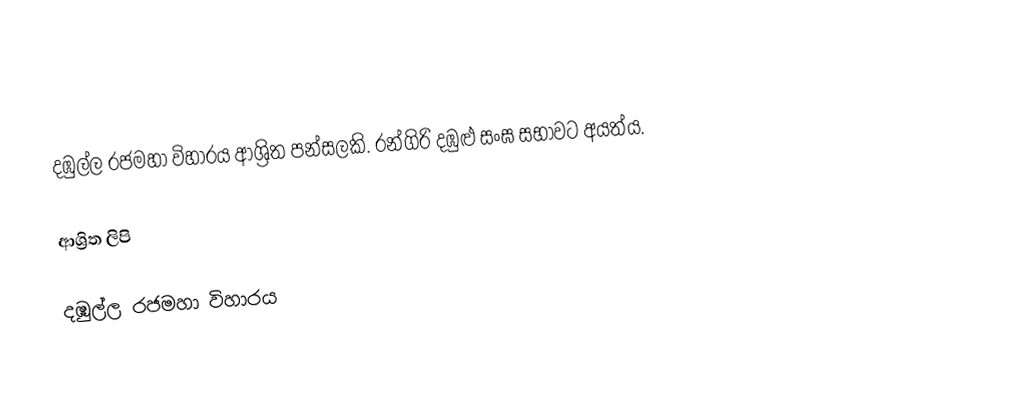
දඹුල්ල රජමහා විහාරය ආශ්‍රිත පන්සලකි.  රන්ගිරි දඹුළු සංඝ සභ‍ාවට අයත්ය.

ආශ්‍රිත ලිපි

 දඹුල්ල රජමහා විහාරය